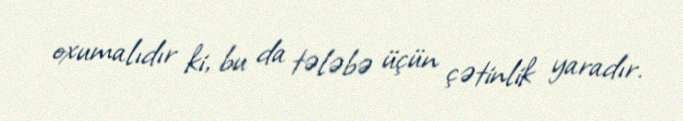
oxumalıdır ki, bu da tələbə üçün çətinlik yaradır.